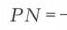
\(PN = -\)